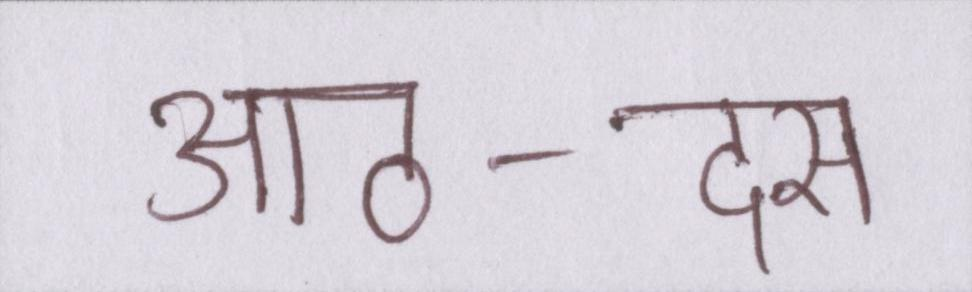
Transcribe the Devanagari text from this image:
आठ-दस